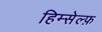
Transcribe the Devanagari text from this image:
हिम्सेल्फ़